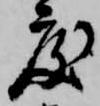
度